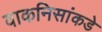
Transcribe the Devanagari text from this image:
वाकनिसांकडे